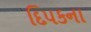
દિપકના